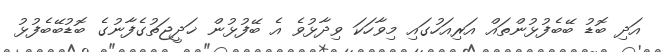
އަދި ބޮޑު ބޭބެފުޅުންތައް އަރިއަހުގައި މިވާހަކަ ވިދާޅުވެ އެ ބޭފުޅުން ޚަދީޖަތުގެފާނުގެ ބޮޑުބޭބެފުޅު